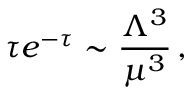
\tau e ^ { - \tau } \sim \frac { \Lambda ^ { 3 } } { \mu ^ { 3 } } \, ,